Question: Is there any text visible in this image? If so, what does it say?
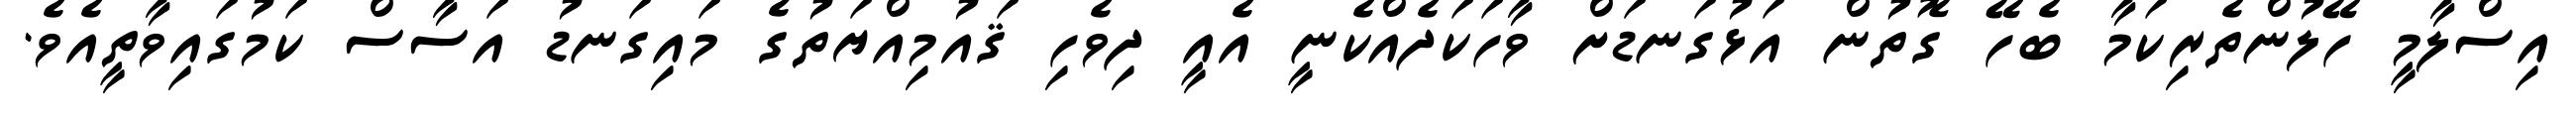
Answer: އިސްލާމީ ހޭލުންތެރިކަމާ ބެހޭ ގޮތުން އަޅުގަނޑަށް ވާހަކަދެއްކެނީ އެއީ ދިވެހި ޤައުމިއްޔަތުގެ މައިގަނޑު އަސާސް ކަމުގައިވާތީއެވެ.